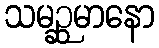
သမဉ္ဆမာနော